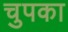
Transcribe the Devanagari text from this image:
चुपका